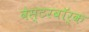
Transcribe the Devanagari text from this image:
वेस्टरबॉर्क